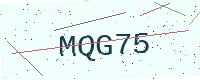
Text: MQG75